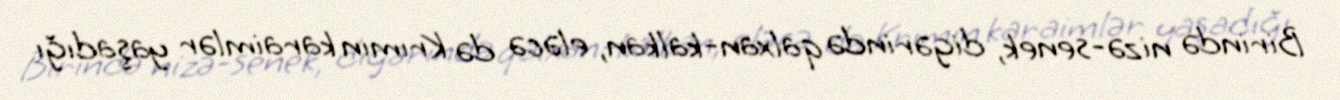
Birində nizə-senek, digərində qalxan-kalkan, eləcə də Krımın karaimlər yaşadığı